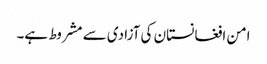
امن افغانستان کی آزادی سے مشروط ہے۔